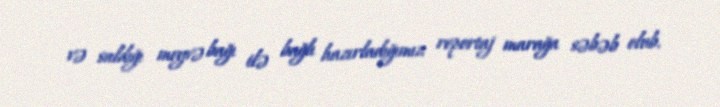
və saldığı meyvə bağı ilə bağlı hazırladığımız reportaj marağa səbəb olub.